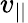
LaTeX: v_{||}